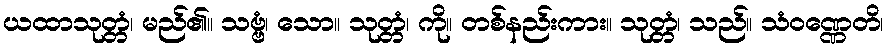
ယထာသုတ္တံ၊ မည်၏။ သဗ္ဗံ၊ သော။ သုတ္တံ၊ ကို။ တစ်နည်းကား။ သုတ္တံ၊ သည်။ သံဝဏ္ဏေတိ၊